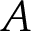
A